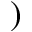
)